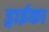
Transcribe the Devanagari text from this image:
ड्वाईका